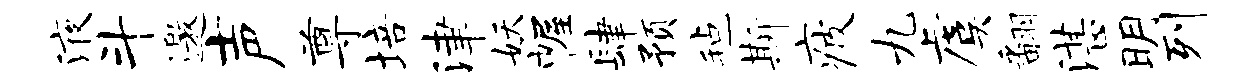
液斗邀声尊培津妖幄肆预毡斯疲九虞翻湛明列